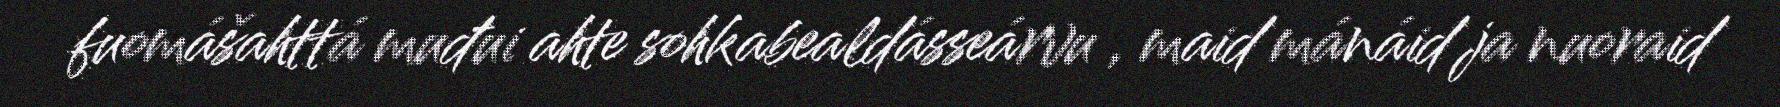
fuomášahttá muđui ahte sohkabealdásseárvu , maid mánáid ja nuoraid